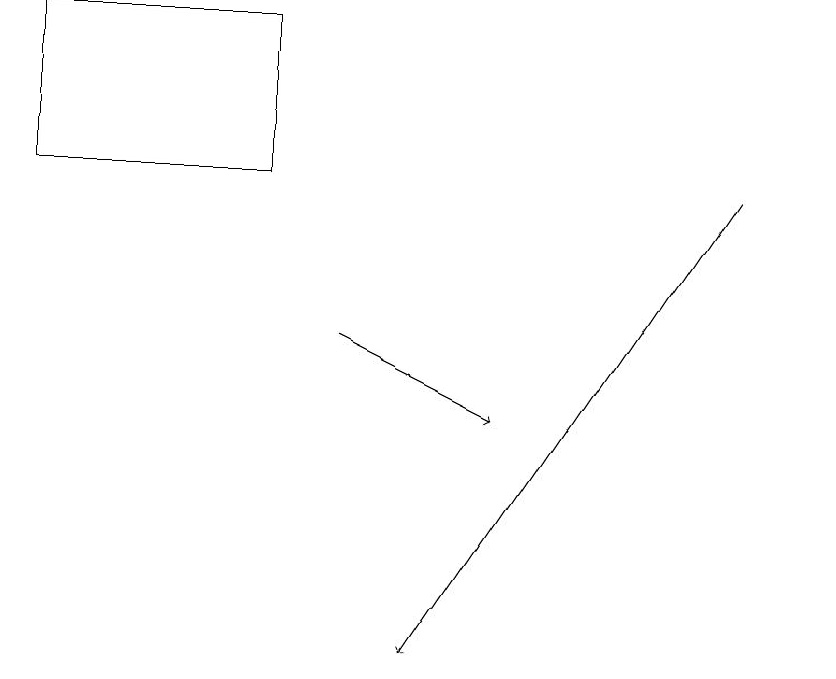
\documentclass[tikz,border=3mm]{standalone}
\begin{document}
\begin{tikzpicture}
\draw[->] (4,14) -- (6,13);
\draw (3,16) rectangle (0,18);
\draw (10,12) circle (0);
\draw[->] (9,16) -- (5,10);
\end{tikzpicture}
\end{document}